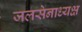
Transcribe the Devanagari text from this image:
जलसेनाध्यक्ष